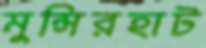
মুন্সিরহাট